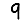
Digit: 9